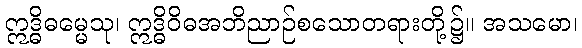
ဣဒ္ဓိဓမ္မေသု၊ ဣဒ္ဓိဝိဓအဘိညာဉ်စသောတရားတို့၌။ အသမော၊